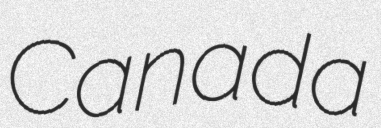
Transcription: Canada